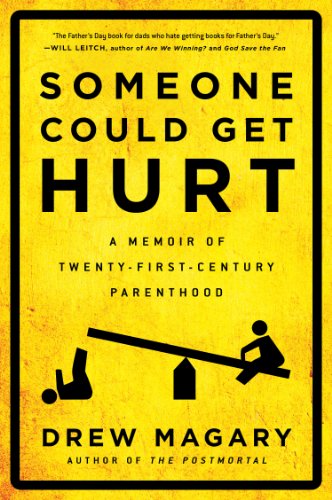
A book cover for Someone Could Get Hurt: A Memoir of Twenty-First-Century Parenthood; Drew Magary; Humor & Entertainment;